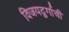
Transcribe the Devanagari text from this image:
विजयदुर्गाची